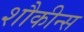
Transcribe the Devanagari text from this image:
शौकीन्स